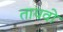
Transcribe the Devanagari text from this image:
तायवो